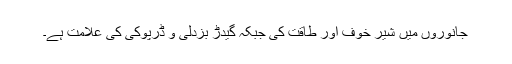
جانوروں میں شیر خوف اور طاقت کی جبکہ گیدڑ بزدلی و ڈرپوکی کی علامت ہے۔